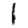
Digit: 1